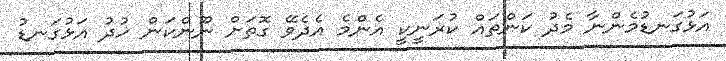
އަޅުގަނޑުމެންނާ މެދު ކަންތައް ކުރަނީކީ އެންމެ އެދެވޭ ގޮތަށް ނޫންކަން ޚުދު އަޅުގަނޑު